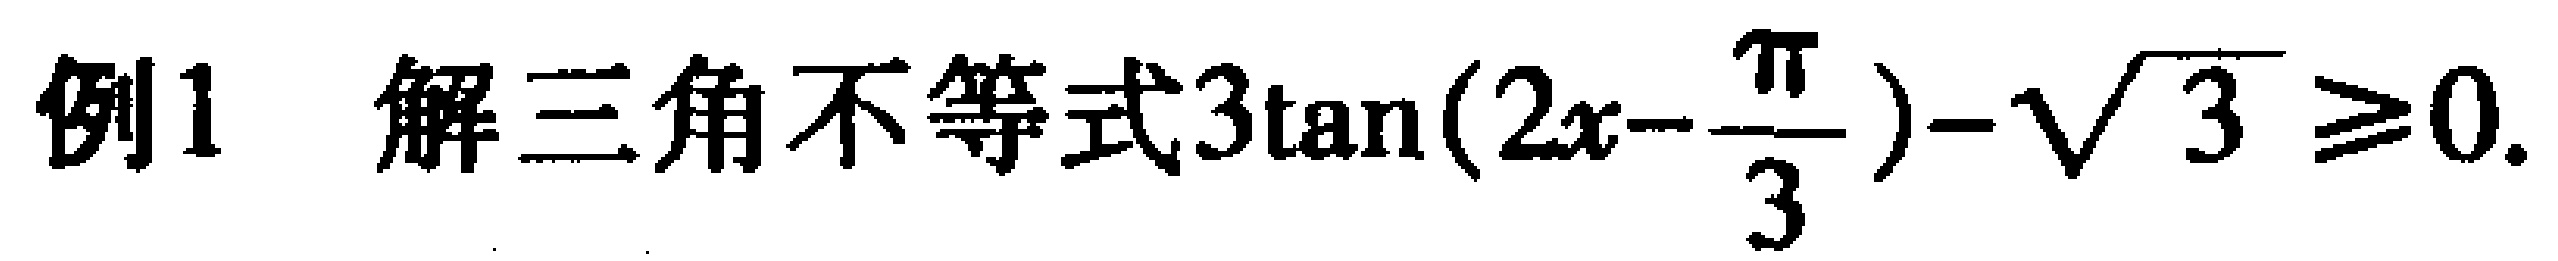
例1 解三角不等式\(3\tan(2x - \frac{\pi}{3}) - \sqrt{3} \geq 0\).